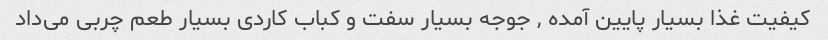
کیفیت غذا بسیار پایین آمده , جوجه بسیار سفت و کباب کاردی بسیار طعم چربی می‌داد